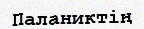
Паланиктің